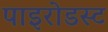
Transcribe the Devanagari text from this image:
पाइरोडस्ट